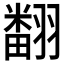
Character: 𮋒